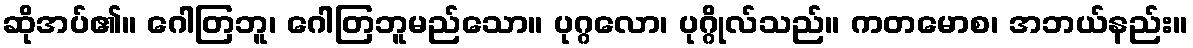
ဆိုအပ်၏။ ဂေါတြဘူ၊ ဂေါတြဘူမည်သော။ ပုဂ္ဂလော၊ ပုဂ္ဂိုလ်သည်။ ကတမောစ၊ အဘယ်နည်း။